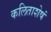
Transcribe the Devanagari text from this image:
कलिताशेषं